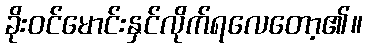
ခိုးဝင်မောင်းနှင်လိုက်ရလေတော့၏။